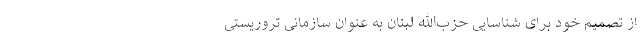
از تصمیم خود برای شناسایی حزب‌الله لبنان به عنوان سازمانی تروریستی